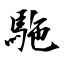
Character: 駞